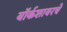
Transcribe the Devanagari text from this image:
यॉर्कशायरचे